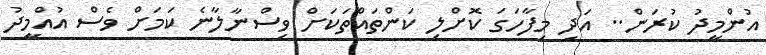
އުންމީދު ކުރަން.. އަދި މިފާހަގަ ކޮށްލި ކަންތައްތަކަށް ވިސްނާލާނެ ކަމަށް ވެސް އުއްމީދު